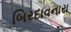
બિરદાવનારા